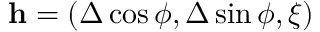
{ \bf h } = ( \Delta \cos \phi , \Delta \sin \phi , \xi )